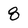
Character: 8